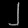
Digit: ၂